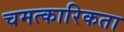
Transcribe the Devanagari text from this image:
चमत्कारिकता